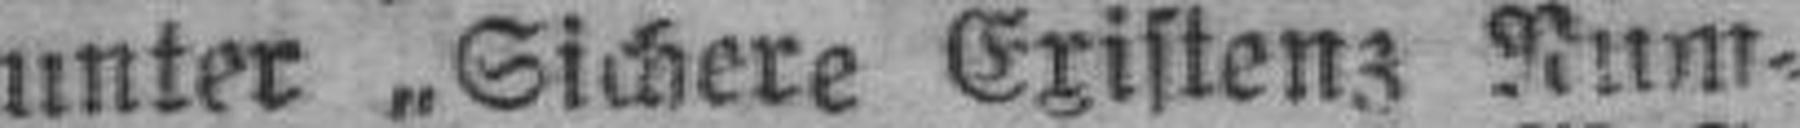
unter „Sichere Existenz Num¬